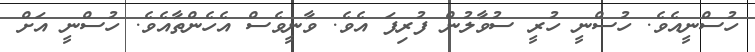
ހުސްނީއެވެ. ހުސްނީ ހުރީ ސުވާލުން ފުރިފަ އެވެ. ވާނީވެސް އެހެންތާއެވެ. ހުސްނީ އަށް